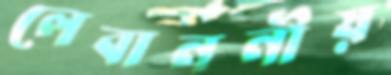
লেবাননীয়